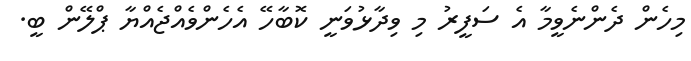
މިހެން ދެންނެވީމާ އެ ސަފީރު މި ވިދާޅުވަނީ ކޮބާހޭ އެހެންވެއްޖެއްޔާ ޕްލޭން ބީ.